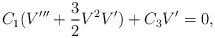
LaTeX: \begin{align*}C_1(V''' + \frac{3}{2} V^2V') + C_3V'=0,\end{align*}